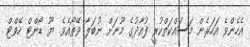
އެހެންވެ އަހަރެން މަސައްކަތްކުރީ ފުއާދުގެ މޫނަށް ނުބަލާ ވޭތޯއެވެ. ޔޫ ޑޯންޓް ހޭވްޓް